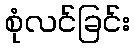
စုံလင်ခြင်း